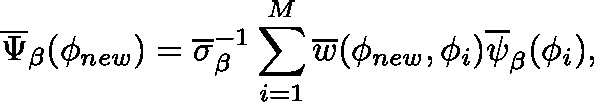
\overline { { \Psi } } _ { \beta } ( \mathbf { \phi } _ { n e w } ) = \overline { { \sigma } } _ { \beta } ^ { - 1 } \sum _ { i = 1 } ^ { M } \overline { { w } } ( \phi _ { n e w } , \phi _ { i } ) \overline { { \psi } } _ { \beta } ( \mathbf { \phi } _ { i } ) ,